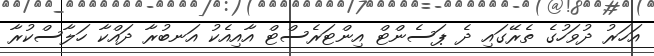
އަހަރު ދުވަހުގެ ތެރޭގައި ދެ ޕަސެންޓް އިންޓަރެސްޓް އާއިއެކު އަނބުރާ ދައްކާ ހަލާސްކުރާ